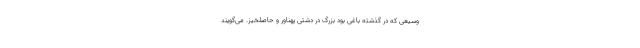
وسیعی که در گذشته باغی بود بزرگ در دشتی پهناور و حاصلخیز. می‌گویند